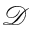
\mathcal D